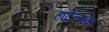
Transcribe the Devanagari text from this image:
हॉटेल्सवर